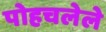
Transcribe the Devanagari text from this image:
पोहचलेले